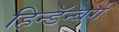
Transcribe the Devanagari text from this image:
हिन्डॅन्बर्ग